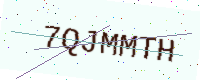
Text: 7QJMMTH